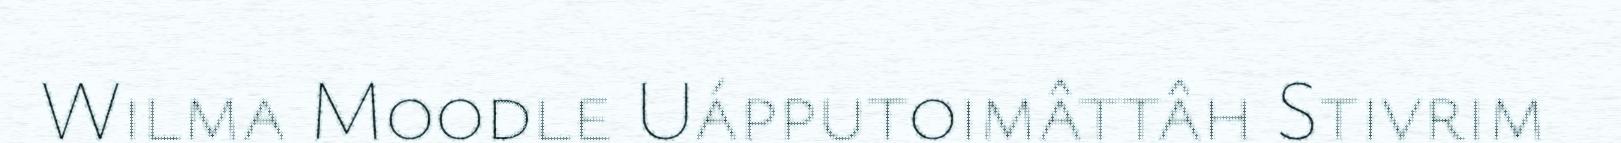
Wilma Moodle Uápputoimâttâh Stivrim